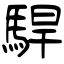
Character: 駻